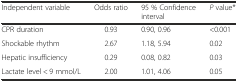
<table><thead><tr><td><b>Independent variable</b></td><td><b>Odds ratio</b></td><td><b>95 % Confidence interval</b></td><td><b><i>P</i> value*</b></td></tr></thead><tbody><tr><td>CPR duration</td><td>0.93</td><td>0.90, 0.96</td><td>&lt;0.001</td></tr><tr><td>Shockable rhythm</td><td>2.67</td><td>1.18, 5.94</td><td>0.02</td></tr><tr><td>Hepatic insufficiency</td><td>0.29</td><td>0.08, 0.82</td><td>0.03</td></tr><tr><td>Lactate level &lt; 9 mmol/L</td><td>2.00</td><td>1.01, 4.06</td><td>0.05</td></tr></tbody></table>